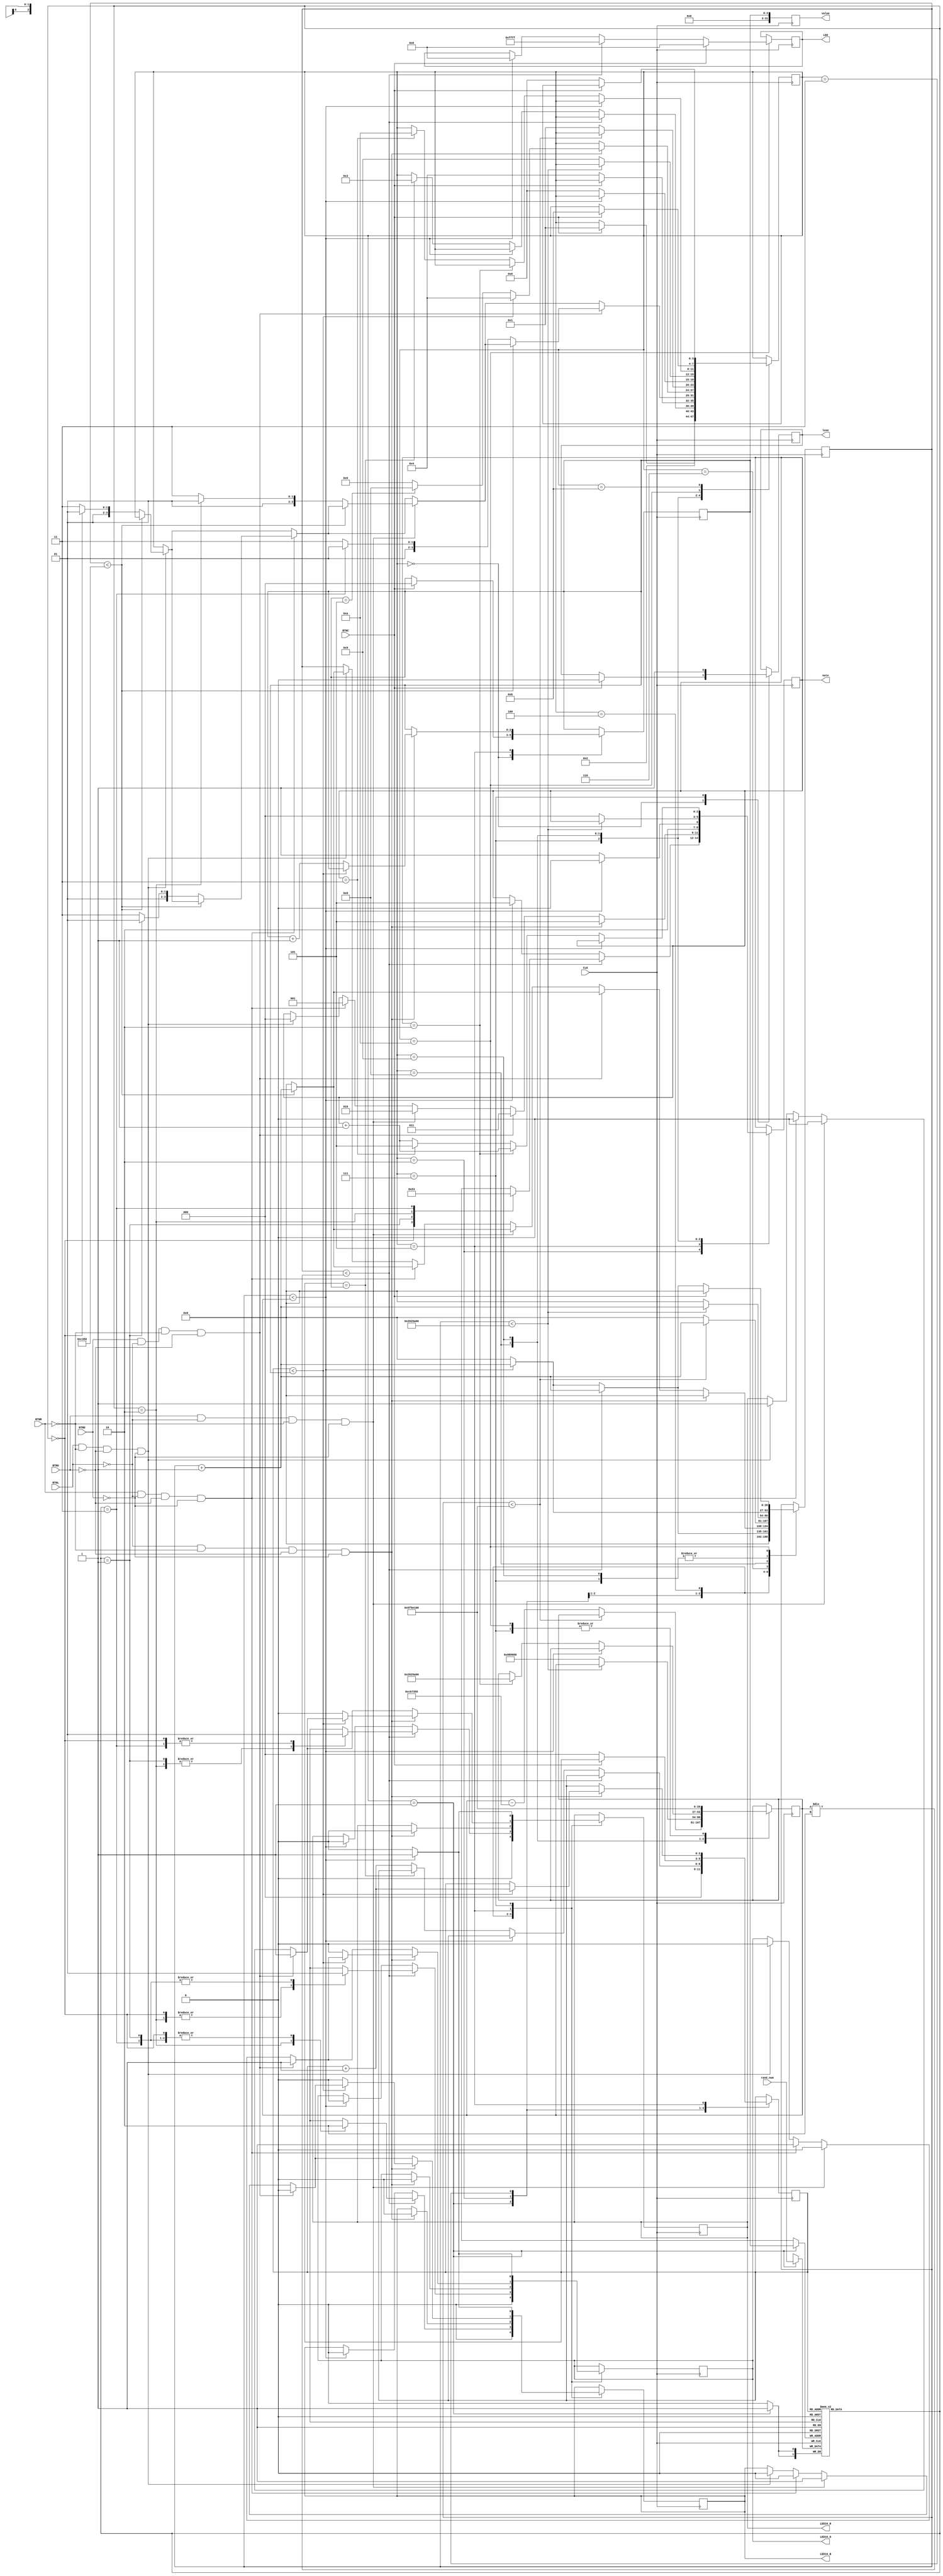
`timescale 1ns / 1ps
//////////////////////////////////////////////////////////////////////////////////
// Company:
// 
// Design Name: 
// Module Name: game
// Project Name: 
// Target Devices: 
// Tool Versions: 
// Description: 
// 
// Dependencies: 
// 
// Revision:
// Revision 0.01 - File Created
// Additional Comments:
// 
//////////////////////////////////////////////////////////////////////////////////

// Created by Maxwell Gorley
module game(
    input CLK, BTNU, BTND, BTNL, BTNR, BTNC,
    input [1:0] rand_num,	// Random number from random.v
    output reg LED16_R, LED16_G, LED16_B,
    output reg [31:0] value,	// Score output for 7-segment display
    output reg [15:0] LED,	// Game win LEDs
    output reg [2:0] note=5,	// Stop playing sound
    output reg lose=0	// LOSE on 7-segment display - Blank for now
    );
    reg [2:0] score=0;
    reg [3:0] state=0;
    reg [26:0] delay_timer=0;	// Delay between each color
    reg [26:0] delay_max=100000000;	// Max delay, which changes each round
    reg [15:0] debounce_max=50000;	// Used to avoid input bouncing
    reg [2:0] color_index=0;    // Index
    reg [1:0] color_mem[7:0];	// Memory used to store colors
    
    always @(posedge CLK) begin
        value<=score;	// Update 7-segment display with score
        case(state)
            0: begin    // Press BTNC to start the game
                if(BTNC) begin
                    lose<=0;	// Make LOSE disappear from 7-segment display
                    score<=0;
                    state<=1;
                end
            end
            1: begin
                 LED16_R<=0;	// Turn off RGB LEDs
                 LED16_G<=0;
                 LED16_B<=0;
                 delay_timer<=0;	// Reset delay timer
                 color_mem[score] <= rand_num;   // Store color in memory, then flash lights
                 color_index<=0;	// Start at the first color in memory
                 state<=2;
            end
            2: begin
                if(delay_timer<(delay_max/2)) begin
                    delay_timer<=delay_timer+1;
                    case(color_mem[color_index])
                        0: begin    // Red
                            note<=0;    // Play sound for red
                            LED16_R<=1;
                            LED16_G<=0;
                            LED16_B<=0;
                        end
                        1: begin    // Green
                            note<=1;    // Play sound for green
                            LED16_R<=0;
                            LED16_G<=1;
                            LED16_B<=0;
                        end
                        2: begin    // Blue
                            note<=2;    // Play sound for blue
                            LED16_R<=0;
                            LED16_G<=0;
                            LED16_B<=1;
                        end
                        3: begin    // Yellow
                            note<=3;    // Play sound for yellow
                            LED16_R<=1;
                            LED16_G<=1;
                            LED16_B<=0;
                        end
                    endcase
                end
                else if(delay_timer<delay_max) begin    // Turn light off
                    note<=5;    // Stop playing sound
                    delay_timer<=delay_timer+1;
                    LED16_R<=0;
                    LED16_G<=0;
                    LED16_B<=0;
                end
                else begin
                    delay_timer<=0;
                    if(color_index==score) begin    // Stop when all colors are shown
                        state<=3;
                    end
                    else begin
                        color_index<=color_index+1;
                    end
                end
            end
            3: begin
                if(~BTNC) begin
                    state<=4;
                    color_index<=0;	// Reset index to start checking input
                end
            end
            4: begin    // Check user input
                if(BTNL&&~BTNR&&~BTNU&&~BTND) begin // Red
                    if(delay_timer<debounce_max) begin
                        delay_timer<=delay_timer+1;
                    end
                    else begin
                        delay_timer<=0;
                        if(color_mem[color_index]==0) begin	// Correct
                            state<=5;
                        end
                        else begin	// Incorrect
                            state<=7;
                        end
                    end
                end
                if(BTNR&&~BTNL&&~BTNU&&~BTND) begin // Green
                    if(delay_timer<debounce_max) begin
                        delay_timer<=delay_timer+1;
                    end
                    else begin
                        delay_timer<=0;
                        if(color_mem[color_index]==1) begin	// Correct
                            state<=5;
                        end
                        else begin	// Incorrect
                            state<=7;
                        end
                    end
                end
                if(BTNU&&~BTNL&&~BTNR&&~BTND) begin // Blue
                    if(delay_timer<debounce_max) begin
                        delay_timer<=delay_timer+1;
                    end
                    else begin
                        delay_timer<=0;
                        if(color_mem[color_index]==2) begin	// Correct
                            state<=5;
                        end
                        else begin	// Incorrect
                            state<=7;
                        end
                    end
                end
                if(BTND&&~BTNL&&~BTNR&&~BTNU) begin // Yellow
                    if(delay_timer<debounce_max) begin
                        delay_timer<=delay_timer+1;
                    end
                    else begin
                        delay_timer<=0;
                        if(color_mem[color_index]==3) begin	// Correct
                            state<=5;
                        end
                        else begin	// Incorrect
                            state<=7;
                        end
                    end
                end
                if(~BTNL&&~BTNR&&~BTNU&&~BTND) begin    // Nothing - All lights off
                    delay_timer<=0;
                    LED16_R<=0;
                    LED16_G<=0;
                    LED16_B<=0;
                end
            end
            5: begin    // Player chose the correct color
                if(BTNL&&~BTNR&&~BTNU&&~BTND) begin // Red
                    note<=0;    // Play sound for red
                    LED16_R<=1;
                    LED16_G<=0;
                    LED16_B<=0;
                end
                if(BTNR&&~BTNL&&~BTNU&&~BTND) begin // Green
                    note<=1;    // Play sound for green
                    LED16_R<=0;
                    LED16_G<=1;
                    LED16_B<=0;
                end
                if(BTNU&&~BTNL&&~BTNR&&~BTND) begin // Blue
                    note<=2;    // Play sound for blue
                    LED16_R<=0;
                    LED16_G<=0;
                    LED16_B<=1;
                end
                if(BTND&&~BTNL&&~BTNR&&~BTNU) begin // Yellow
                    note<=3;    // Play sound for yellow
                    LED16_R<=1;
                    LED16_G<=1;
                    LED16_B<=0;
                end
                if(~BTNL&&~BTNR&&~BTNU&&~BTND) begin
                    if(color_index<score) begin // Return to state 4 to check next color
                        note<=5;    // Stop playing sound
                        color_index<=color_index+1;
                        state<=4;
                    end
                    else if(score==5) begin // Player has won
                        note<=5;    // Stop playing sound
                        score<=score+1;
                        LED16_R<=0;
                        LED16_G<=0;
                        LED16_B<=0;
                        state<=8;   // Go to victory state
                    end
                    else begin  // Start the next round
                        note<=5;    // Stop playing sound
                        LED16_R<=0;
                        LED16_G<=0;
                        LED16_B<=0;
                        score<=score+1;
                        state<=6;
                    end
                end
                
            end
            6: begin    // Pause for 1 second, then move to next round
                if(delay_timer<100000000) begin
                    delay_timer<=delay_timer+1;
                end
                else begin
                    delay_max<=delay_max-13333333;  // Make the game faster
                    delay_timer<=0;
                    state<=1;   // Go to the next round
                end
            end
            7: begin    // Incorrect - Game over
                lose<=1;	// Display LOSE on 7-segment display
                delay_max<=100000000;   // Reset speed to default
                note<=4;    // Play game over sound
                LED16_R<=1;	// Show white light
                LED16_G<=1;
                LED16_B<=1;
                if(delay_timer<delay_max) begin
                    delay_timer<=delay_timer+1;
                end
                else begin
                    note<=5;    // Stop playing sound
                    LED16_R<=0;
                    LED16_G<=0;
                    LED16_B<=0;
                    delay_timer<=0;
                    state<=0;	// Go back to the beginning
                end
            end
            8: begin	// Pause before victory sound
                if(delay_timer<40000000) begin
                    delay_timer<=delay_timer+1;
                end
                else begin
                    delay_timer<=0;
                    delay_max<=10000000;	// 0.1 s between notes
                    state<=9;
                    note<=0;
                end
            end
            9: begin	// Victory sound
                if(delay_timer<delay_max) begin
                    delay_timer<=delay_timer+1;
                end
                else begin
                    delay_timer<=0;
                    if(note==2) begin
                        note<=note+1;
                        delay_max<=40000000;	// Hold the last note longer
                    end
                    else if(note==3) begin
                        note<=5;	// Stop playing sound and start light show
                        state<=10;
                    end
                    else begin
                        note<=note+1;
                    end
                end
            end 
            10: begin    // Winner!
                delay_max<=100000000;   // Reset speed to default
                if(BTNC) begin
                    delay_timer<=0;
                    LED<=0;
                    state<=11;		// Return to start after BTNC is released
                end
                else if(delay_timer<(delay_max/2)) begin
                    LED<=16'hffff;	// All LEDs on
                    delay_timer<=delay_timer+1;
                end
                else if(delay_timer<delay_max) begin
                    LED<=0;	// All LEDs off
                    delay_timer<=delay_timer+1;
                end
                else begin
                    delay_timer<=0;
                end
            end
            11: begin
                if(~BTNC) begin
                    state<=0;	// Start over
                end
            end
        endcase
    end
    
endmodule